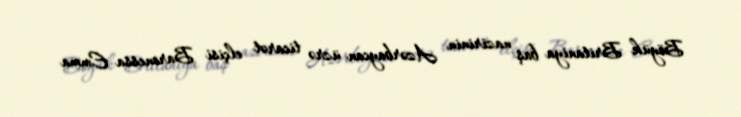
Böyük Britaniya baş nazirinin Azərbaycan üzrə ticarət elçisi Baronessa Emma